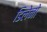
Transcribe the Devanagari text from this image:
डिलेनो